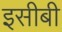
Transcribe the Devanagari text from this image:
इसीबी